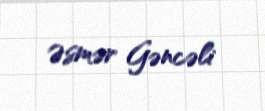
Əsmər Gəncəli